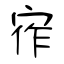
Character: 宱